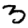
Digit: 3